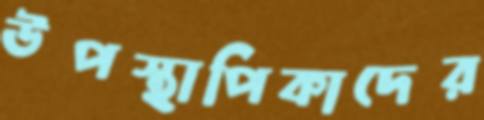
উপস্থাপিকাদের